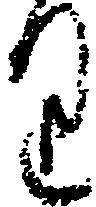
り